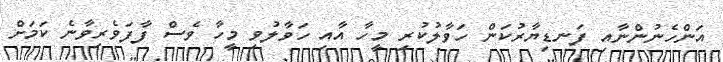
އަންހެނުންނާއި ފަނޑިޔާރުކަން ހަވާލުކުރި މީހާ އާއި ހަވާލުވި މީހާ ވެސް ފާފަވެރިވާނެ ކަމަށް